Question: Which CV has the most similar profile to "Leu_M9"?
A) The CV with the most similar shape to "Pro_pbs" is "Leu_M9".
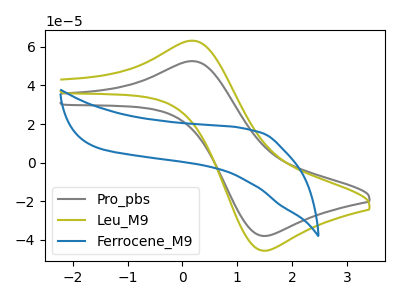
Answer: <think>The gray curve "Pro_pbs" has an anodic peak at (0.25V, 52.45uA) and a cathodic peak at (1.50V, -37.95uA). The olive curve "Leu_M9" has an anodic peak at (0.25V, 63.05uA) and a cathodic peak at (1.50V, -45.60uA). The blue curve "Ferrocene_M9" has no peaks.
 All the peaks in "Pro_pbs" have a peak in "Leu_M9" at the same potential. Every peak in "Pro_pbs" is lower than every peak in "Leu_M9". "Pro_pbs" and "Ferrocene_M9" have a different number of peaks. "Leu_M9" and "Ferrocene_M9" have a different number of peaks.</think>
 <answer>A) The CV with the most similar shape to "Pro_pbs" is "Leu_M9".</answer>
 <eval>A</eval>